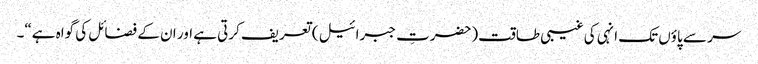
سر سے پاؤں تک انہی کی غیبی طاقت(حضرتِ جبرائیل ) تعریف کرتی ہے اور ان کے فضائل کی گواہ ہے“۔